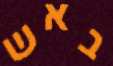
באש